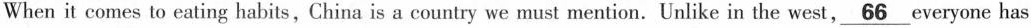
When it comes to eating habits, China is a country we must mention.Unlike in the west,\underline{66} everyone has